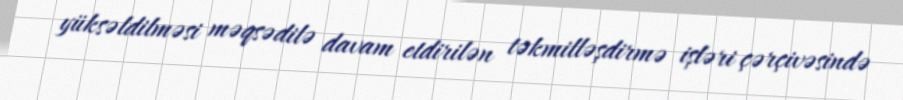
yüksəldilməsi məqsədilə davam etdirilən təkmilləşdirmə işləri çərçivəsində